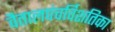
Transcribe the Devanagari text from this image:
वैतालपंचर्विशतिका